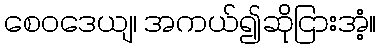
စေဝဒေယျ၊ အကယ်၍ဆိုငြားအံ့။